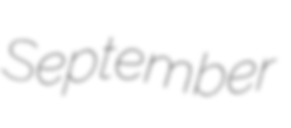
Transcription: September